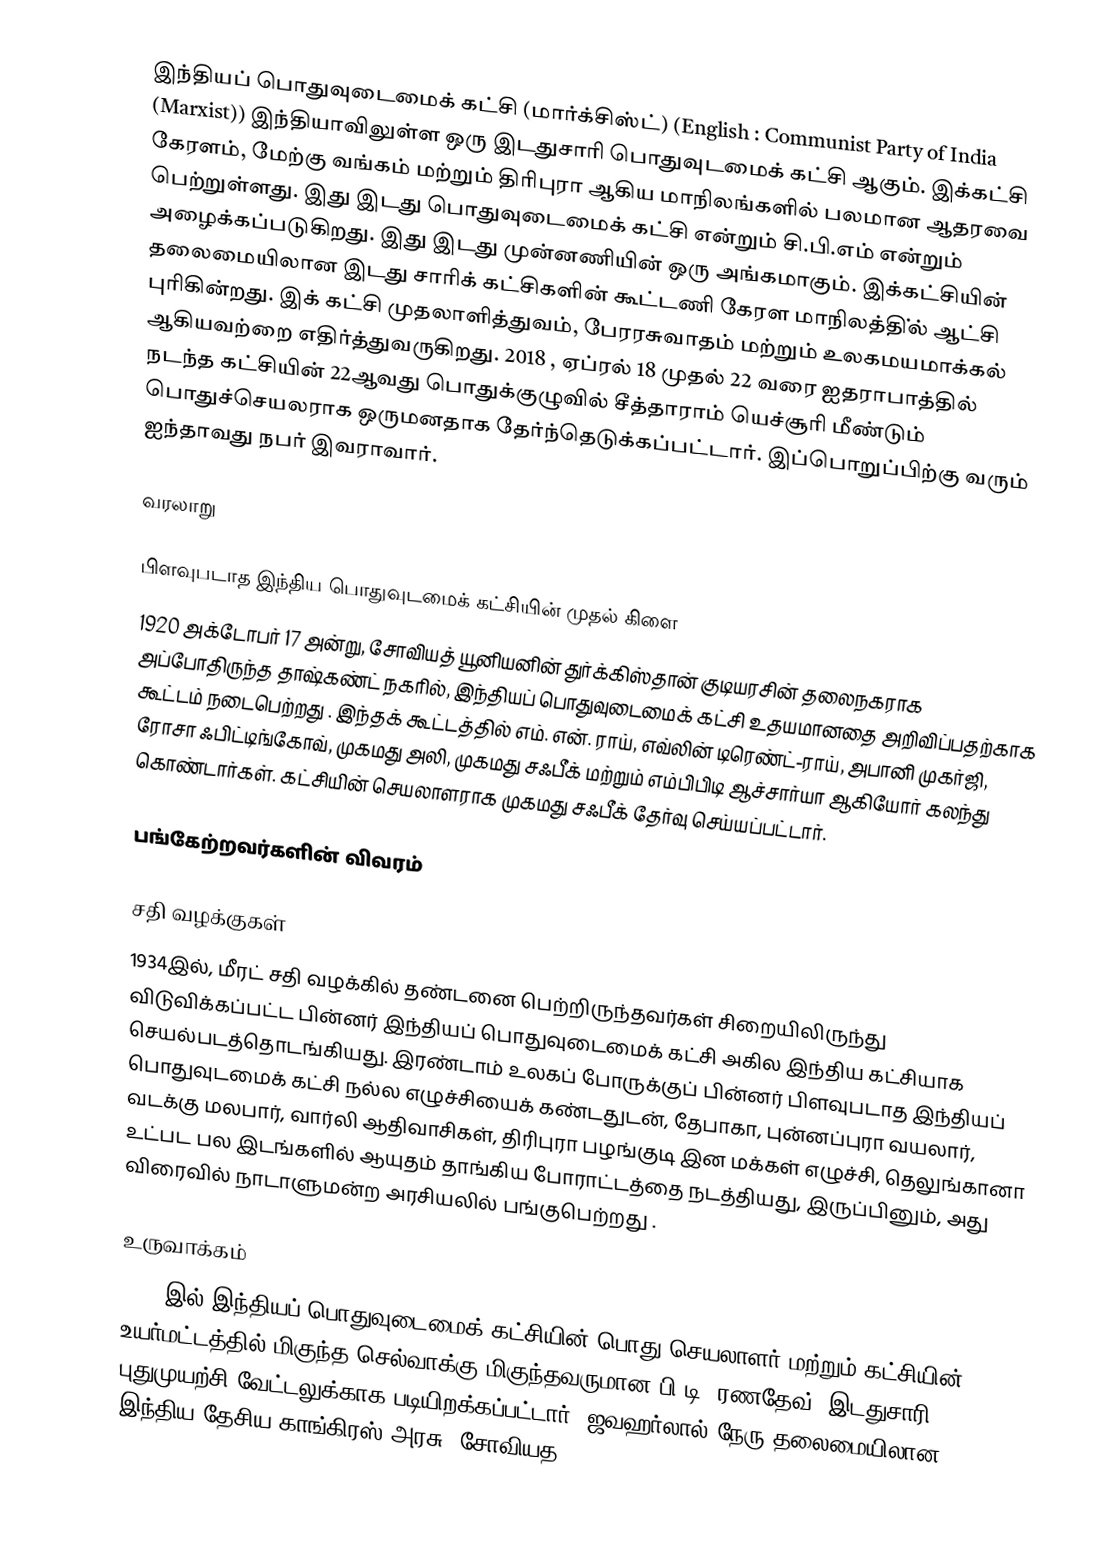
இந்தியப் பொதுவுடைமைக் கட்சி (மார்க்சிஸ்ட்) (English : Communist Party of India (Marxist)) இந்தியாவிலுள்ள ஒரு இடதுசாரி பொதுவுடமைக் கட்சி ஆகும். இக்கட்சி கேரளம், மேற்கு வங்கம் மற்றும் திரிபுரா ஆகிய மாநிலங்களில் பலமான ஆதரவை பெற்றுள்ளது. இது இடது பொதுவுடைமைக் கட்சி என்றும் சி.பி.எம் என்றும் அழைக்கப்படுகிறது. இது இடது முன்னணியின் ஒரு அங்கமாகும். இக்கட்சியின் தலைமையிலான இடது சாரிக் கட்சிகளின் கூட்டணி கேரள மாநிலத்தி்ல் ஆட்சி புரிகின்றது. இக் கட்சி முதலாளித்துவம், பேரரசுவாதம் மற்றும் உலகமயமாக்கல் ஆகியவற்றை எதிர்த்துவருகிறது. 2018 , ஏப்ரல் 18 முதல் 22 வரை ஐதராபாத்தில்  நடந்த கட்சியின் 22ஆவது பொதுக்குழுவில் சீத்தாராம் யெச்சூரி மீண்டும் பொதுச்செயலராக ஒருமனதாக தேர்ந்தெடுக்கப்பட்டார். இப்பொறுப்பிற்கு வரும்  ஐந்தாவது நபர் இவராவார்.

வரலாறு

பிளவுபடாத இந்திய பொதுவுடமைக் கட்சியின் முதல் கிளை
1920 அக்டோபர் 17 அன்று, சோவியத் யூனியனின் துர்க்கிஸ்தான் குடியரசின் தலைநகராக அப்போதிருந்த தாஷ்கண்ட் நகரில், இந்தியப் பொதுவுடைமைக் கட்சி உதயமானதை அறிவிப்பதற்காக  கூட்டம் நடைபெற்றது .  இந்தக் கூட்டத்தில் எம். என். ராய், எவ்லின் டிரெண்ட்-ராய், அபானி முகர்ஜி, ரோசா ஃபிட்டிங்கோவ், முகமது அலி, முகமது சஃபீக் மற்றும் எம்பிபிடி ஆச்சார்யா ஆகியோர் கலந்து கொண்டார்கள். கட்சியின் செயலாளராக முகமது சஃபீக் தேர்வு செய்யப்பட்டார்.

பங்கேற்றவர்களின் விவரம்

சதி வழக்குகள்
1934இல், மீரட் சதி வழக்கில் தண்டனை பெற்றிருந்தவர்கள் சிறையிலிருந்து விடுவிக்கப்பட்ட பின்னர் இந்தியப் பொதுவுடைமைக் கட்சி அகில இந்திய கட்சியாக  செயல்படத்தொடங்கியது. இரண்டாம் உலகப் போருக்குப் பின்னர் பிளவுபடாத இந்தியப் பொதுவுடமைக் கட்சி நல்ல எழுச்சியைக் கண்டதுடன், தேபாகா,  புன்னப்புரா வயலார், வடக்கு மலபார், வார்லி ஆதிவாசிகள், திரிபுரா பழங்குடி இன மக்கள் எழுச்சி, தெலுங்கானா உட்பட பல இடங்களில் ஆயுதம் தாங்கிய போராட்டத்தை நடத்தியது, இருப்பினும், அது விரைவில் நாடாளுமன்ற அரசியலில் பங்குபெற்றது .

உருவாக்கம்
1950 இல் இந்தியப் பொதுவுடைமைக் கட்சியின் பொது செயலாளர் மற்றும் கட்சியின் உயர்மட்டத்தில் மிகுந்த செல்வாக்கு மிகுந்தவருமான பி.டி. ரணதேவ், இடதுசாரி புதுமுயற்சி வேட்டலுக்காக படியிறக்கப்பட்டார். ஜவஹர்லால் நேரு தலைமையிலான இந்திய தேசிய காங்கிரஸ் அரசு, சோவியத